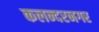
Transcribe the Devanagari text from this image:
कलन्दरनगर